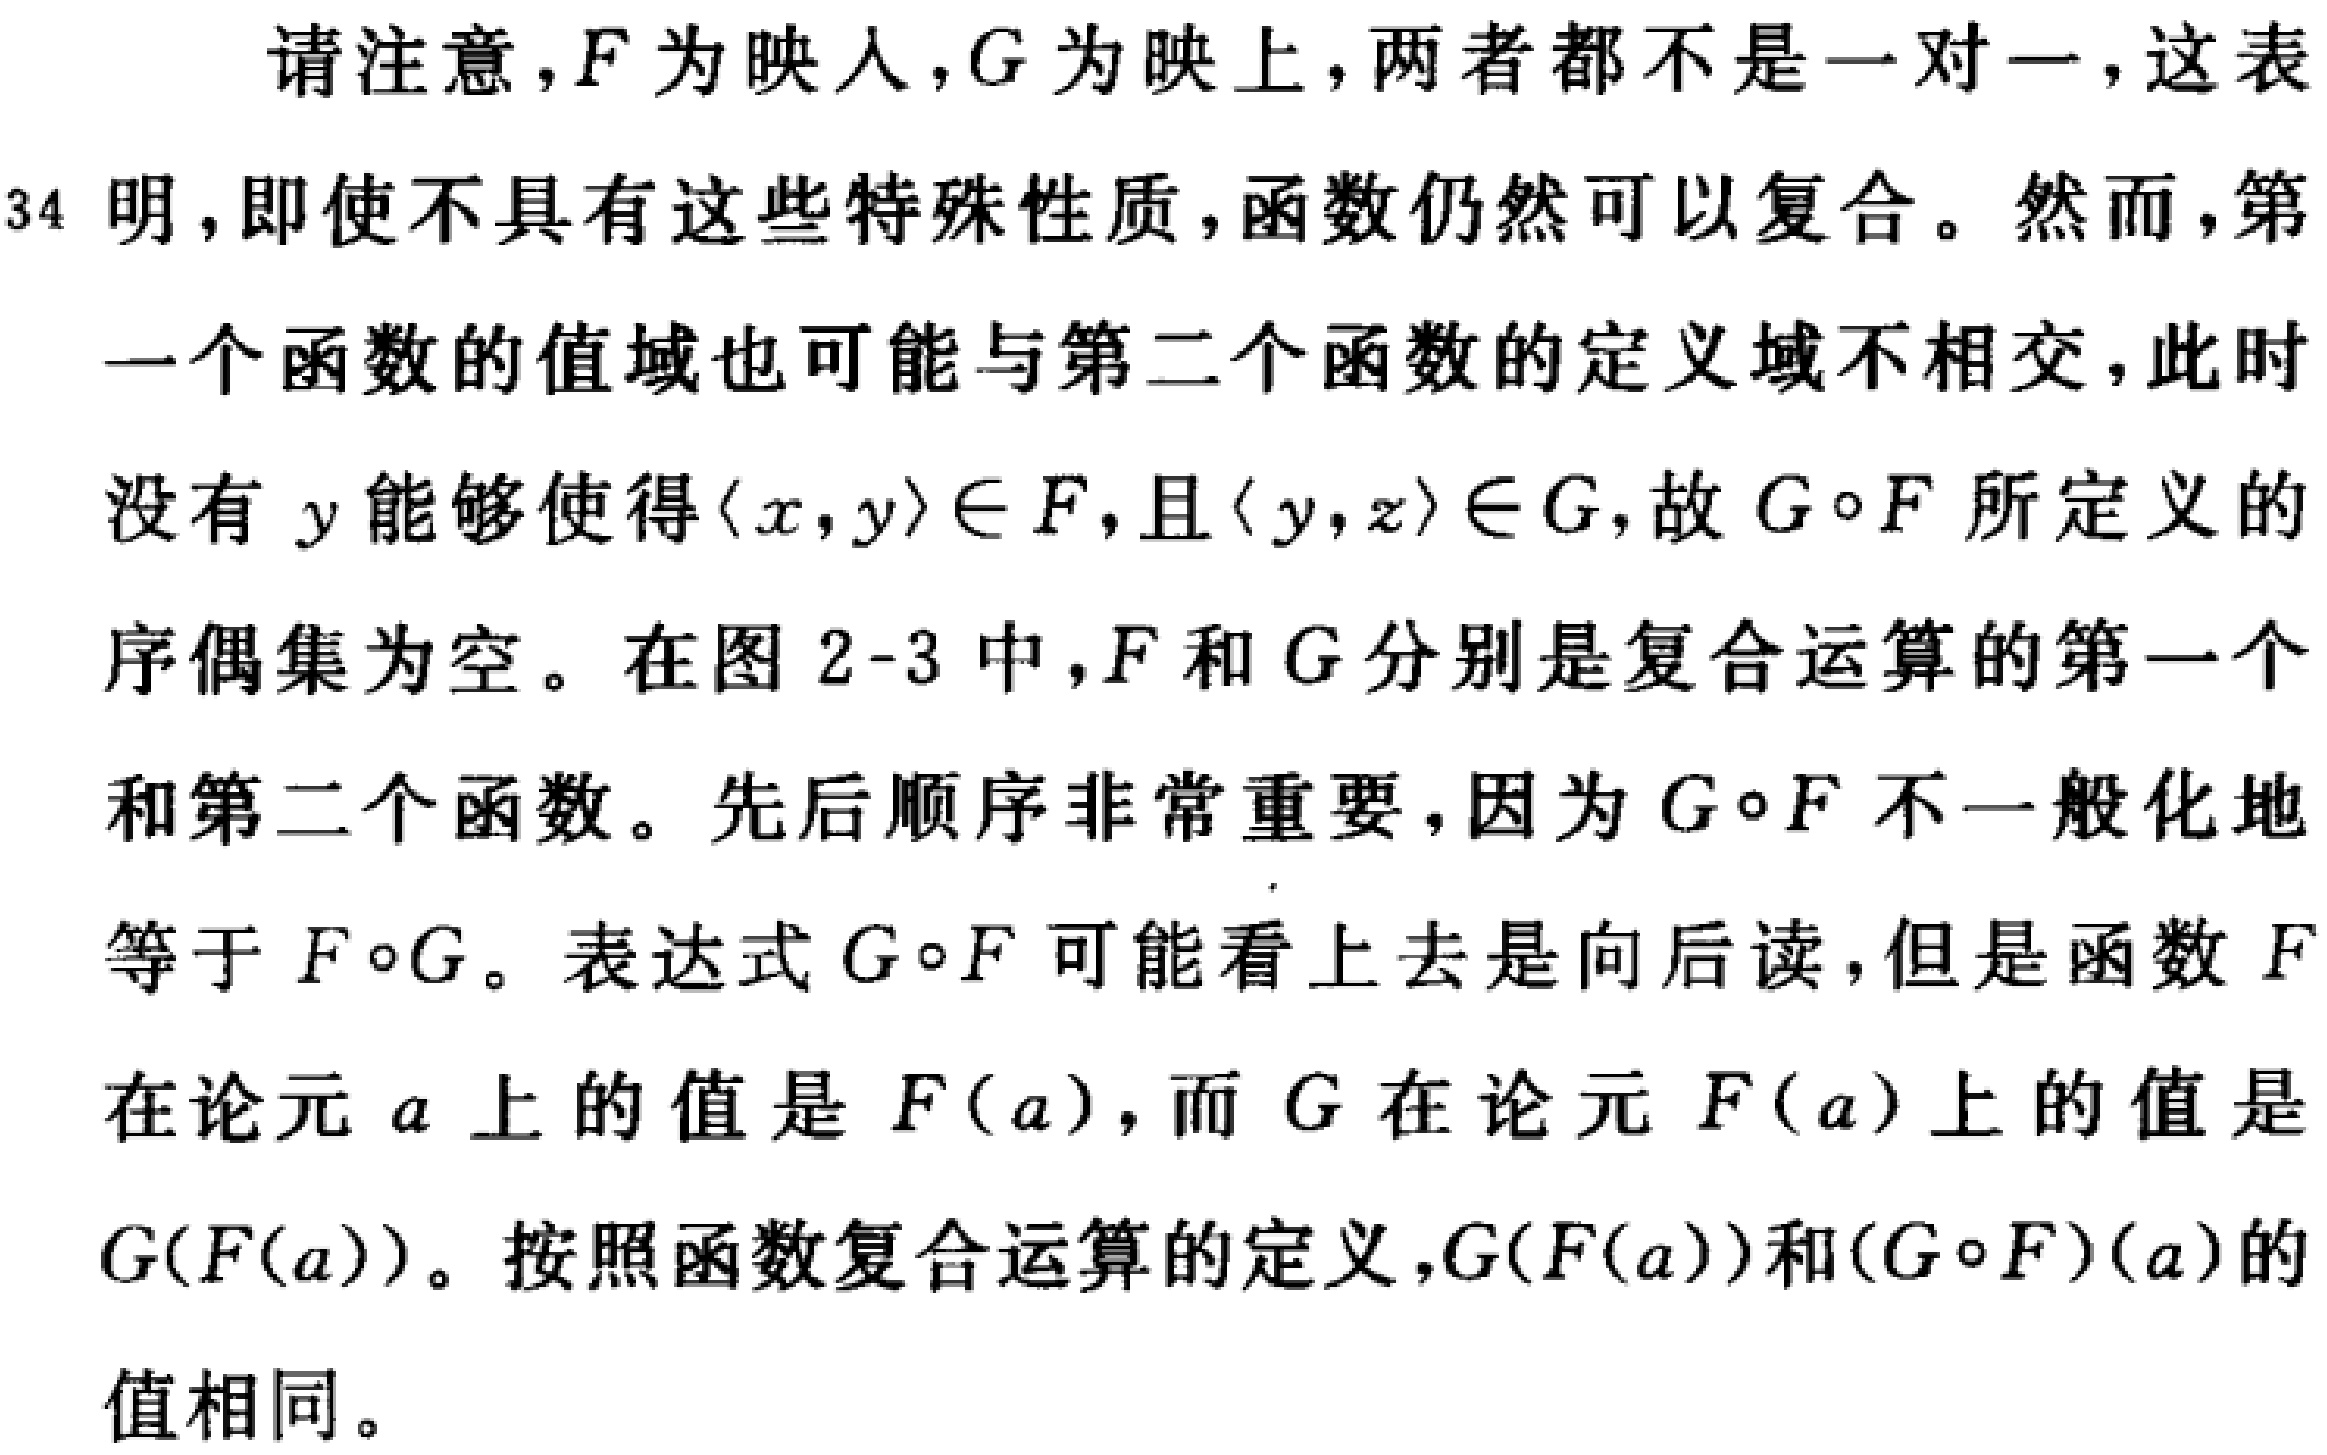
请注意，$F$为映人，$G$为映上，两者都不是一对一，这表

明，即使不具有这些特殊性质，函数仍然可以复合。然而，第

一个函数的值域也可能与第二个函数的定义域不相交，此时

没有$y$能够使得$\langle x,y\rangle\in F$，且$\langle y,z\rangle\in G$，故$G\circ F$所定义的

序偶集为空。在图2-3中，$F$和$G$分别是复合运算的第一个

和第二个函数。先后顺序非常重要，因为$G\circ F$不一般化地

等于$F\circ G$。表达式$G\circ F$可能看上去是向后读，但是函数$F$

在论元$a$上的值是$F(a)$，而$G$在论元$F(a)$上的值是

$G(F(a))$。按照函数复合运算的定义，$G(F(a))$和$(G\circ F)(a)$的

值相同。